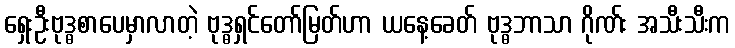
ရှေးဦးဗုဒ္ဓစာပေမှာလာတဲ့ ဗုဒ္ဓရှင်တော်မြတ်ဟာ ယနေ့ခေတ် ဗုဒ္ဓဘာသာ ဂိုဏ်း အသီးသီးက